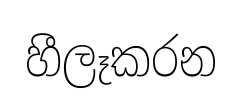
හීලෑකරන